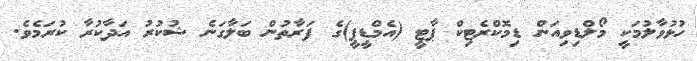
ހުޅުވާލުމަކީ މޯލްޑިވިއަން ޑިމޮކްރެޓިކް ޕާޓީ (އެމްޑީޕީ)ގެ ފަރާތުން ބަލާގަނެ ޝުކުރު އަދާކުރާ ކުރަމެވެ.